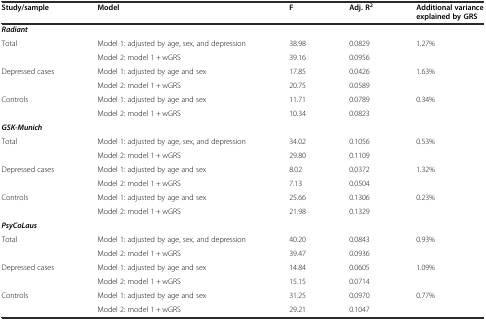
| Study/sample | Model | F | Adj. R2 | Additional variance explained by GRS |
 | --- | --- | --- | --- | --- |
 | Radiant |  |  |  |  |
 | <ROWSPAN=2> Total | Model 1: adjusted by age, sex, and depression | 38.98 | 0.0829 | <ROWSPAN=2> 1.27% |
 | Model 2: model 1 + wGRS | 39.16 | 0.0956 |
 | <ROWSPAN=2> Depressed cases | Model 1: adjusted by age and sex | 17.85 | 0.0426 | <ROWSPAN=2> 1.63% |
 | Model 2: model 1 + wGRS | 20.75 | 0.0589 |
 | <ROWSPAN=2> Controls | Model 1: adjusted by age and sex | 11.71 | 0.0789 | <ROWSPAN=2> 0.34% |
 | Model 2: model 1 + wGRS | 10.34 | 0.0823 |
 | GSK-Munich |  |  |  |  |
 | <ROWSPAN=2> Total | Model 1: adjusted by age, sex, and depression | 34.02 | 0.1056 | <ROWSPAN=2> 0.53% |
 | Model 2: model 1 + wGRS | 29.80 | 0.1109 |
 | <ROWSPAN=2> Depressed cases | Model 1: adjusted by age and sex | 8.02 | 0.0372 | <ROWSPAN=2> 1.32% |
 | Model 2: model 1 + wGRS | 7.13 | 0.0504 |
 | <ROWSPAN=2> Controls | Model 1: adjusted by age and sex | 25.66 | 0.1306 | <ROWSPAN=2> 0.23% |
 | Model 2: model 1 + wGRS | 21.98 | 0.1329 |
 | PsyCoLaus |  |  |  |  |
 | <ROWSPAN=2> Total | Model 1: adjusted by age, sex, and depression | 40.20 | 0.0843 | <ROWSPAN=2> 0.93% |
 | Model 2: model 1 + wGRS | 39.47 | 0.0936 |
 | <ROWSPAN=2> Depressed cases | Model 1: adjusted by age and sex | 14.84 | 0.0605 | <ROWSPAN=2> 1.09% |
 | Model 2: model 1 + wGRS | 15.15 | 0.0714 |
 | <ROWSPAN=2> Controls | Model 1: adjusted by age and sex | 31.25 | 0.0970 | <ROWSPAN=2> 0.77% |
 | Model 2: model 1 + wGRS | 29.21 | 0.1047 |